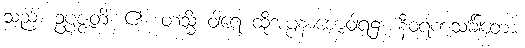
သည်။ ဥပ္ပဇ္ဇတိ၊ ၏။ တသ္မိံ ဝါရေ ထိုအပ္ပနာဇောဝါရ၌။ နီဝရဏသင်္ခါတော၊